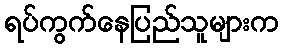
ရပ်ကွက်နေပြည်သူများက